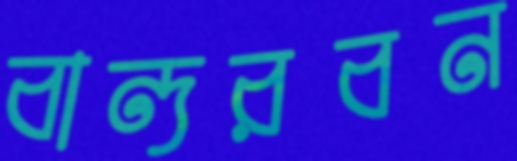
বান্দরবন